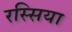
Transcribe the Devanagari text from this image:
रस्सिया